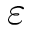
\varepsilon